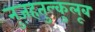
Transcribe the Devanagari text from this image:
नुज़हतुल्कुलूब